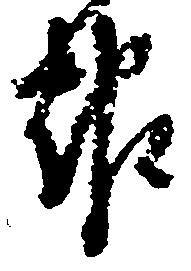
報